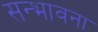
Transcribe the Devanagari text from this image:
सन्भावना